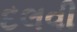
દલવી